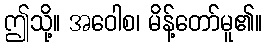
ဤသို့။ အဝေါစ၊ မိန့်တော်မူ၏။